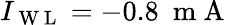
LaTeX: I_{\mathrm{~W~L~}}=-0.8~\mathrm{~m~A~}